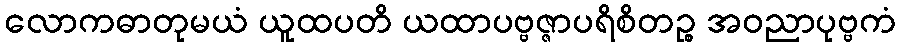
လောကဓာတုမယံ ယူထပတိ ယထာပဗ္ဗဇ္ဇာပရိစိတဉ္စ အဝညာပုဗ္ဗကံ